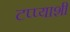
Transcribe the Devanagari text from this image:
टप्प्याशी